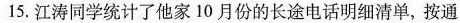
15.江涛同学统计了他家10月份的长途电话明细清单，按通